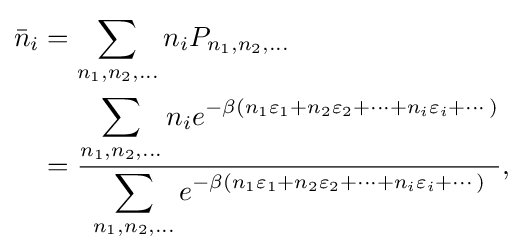
{\begin{aligned}{\bar {n}}_{i}&=\sum _{n_{1},n_{2},\dots }n_{i}P_{n_{1},n_{2},\dots }\\&={\frac {\displaystyle \sum _{n_{1},n_{2},\dots }n_{i}e^{-\beta (n_{1}\varepsilon _{1}+n_{2}\varepsilon _{2}+\cdots +n_{i}\varepsilon _{i}+\cdots )}}{\displaystyle \sum _{n_{1},n_{2},\dots }e^{-\beta (n_{1}\varepsilon _{1}+n_{2}\varepsilon _{2}+\cdots +n_{i}\varepsilon _{i}+\cdots )}}},\end{aligned}}